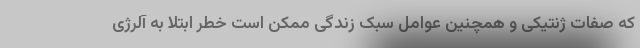
که صفات ژنتیکی و همچنین عوامل سبک زندگی ممکن است خطر ابتلا به آلرژی